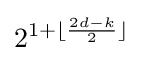
2^{1+\lfloor {\frac {2d-k}{2}}\rfloor }